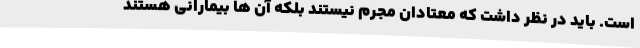
است. باید در نظر داشت که معتادان مجرم نیستند بلکه آن ها بیمارانی هستند